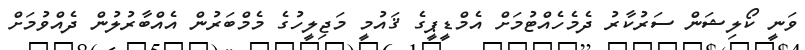
ވަނީ ކޯލިޝަން ސަރުކާރު ދެެމެހެއްޓުމަށް އެމްޑީޕީގެ ޤައުމީ މަޖިލީހުގެ މެމްބަރުން އެއްބާރުލުން ދެއްވުމަށް